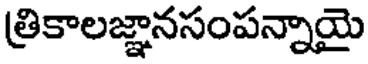
త్రికాలజ్ఞానసంపన్నాయై